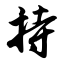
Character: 持